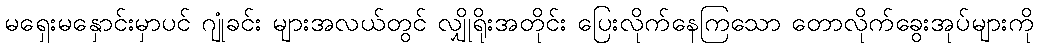
မရှေးမနှောင်းမှာပင် ဂျုံခင်း များအလယ်တွင် လျှိုရိုးအတိုင်း ပြေးလိုက်နေကြသော တောလိုက်ခွေးအုပ်များကို